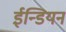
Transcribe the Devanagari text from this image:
ईन्डियन